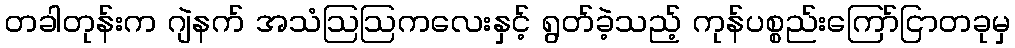
တခါတုန်းက ဂျဲနက် အသံဩဩကလေးနှင့် ရွတ်ခဲ့သည့် ကုန်ပစ္စည်းကြော်ငြာတခုမှ